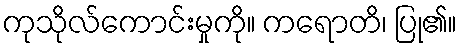
ကုသိုလ်ကောင်းမှုကို။ ကရောတိ၊ ပြု၏။